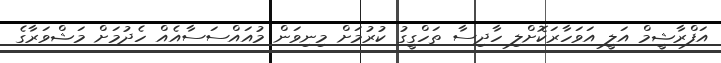
އަފްރާޝީމް އަލީ އަވަހާރަކޮށްލި ހާދިސާ ތަހްގީގު ކުރުމަށް މިނިވަން މުއައްސަސާއެއް ހެދުމަށް މަޝްވަރާގެ